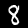
Digit: 8